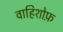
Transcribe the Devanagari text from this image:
वाहिशोफ़